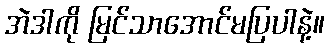
အဲဒါကို မြင်သာအောင်မပြပါနဲ့။